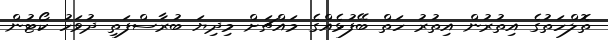
ތޮލްހަތުގެ އިތުރުން އިތުރު ހަތް ބޭފުޅެއްގެ މައްޗަށް މިދިޔަ ބުރާސްފަތި ދުވަހު ކޯޓުން